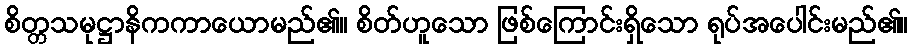
စိတ္တသမုဋ္ဌာနိကကာယောမည်၏။ စိတ်ဟူသော ဖြစ်ကြောင်းရှိသော ရုပ်အပေါင်းမည်၏။